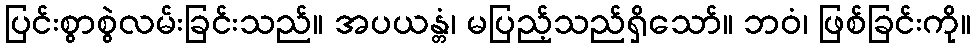
ပြင်းစွာစွဲလမ်းခြင်းသည်။ အပယန္တံ၊ မပြည့်သည်ရှိသော်။ ဘဝံ၊ ဖြစ်ခြင်းကို။